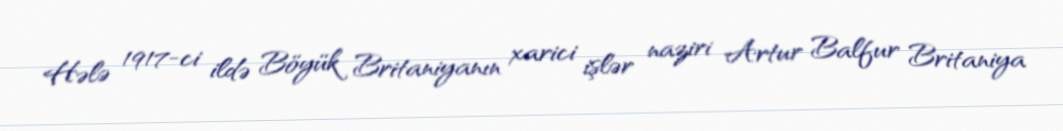
Hələ 1917-ci ildə Böyük Britaniyanın xarici işlər naziri Artur Balfur Britaniya